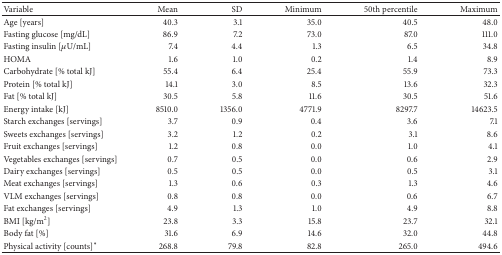
<table><thead><tr><td><b>Variable</b></td><td><b>Mean</b></td><td><b>SD</b></td><td><b>Minimum </b></td><td><b>50th percentile</b></td><td><b>Maximum</b></td></tr></thead><tbody><tr><td>Age [years]</td><td>40.3</td><td>3.1</td><td>35.0</td><td>40.5</td><td>48.0</td></tr><tr><td>Fasting glucose [mg/dL]</td><td>86.9</td><td>7.2</td><td>73.0</td><td>87.0</td><td>111.0</td></tr><tr><td>Fasting insulin [<i>μ</i>U/mL]</td><td>7.4</td><td>4.4</td><td>1.3</td><td>6.5</td><td>34.8</td></tr><tr><td>HOMA</td><td>1.6</td><td>1.0</td><td>0.2</td><td>1.4</td><td>8.9</td></tr><tr><td>Carbohydrate [% total kJ]</td><td>55.4</td><td>6.4</td><td>25.4</td><td>55.9</td><td>73.3</td></tr><tr><td>Protein [% total kJ]</td><td>14.1</td><td>3.0</td><td>8.5</td><td>13.6</td><td>32.3</td></tr><tr><td>Fat [% total kJ]</td><td>30.5</td><td>5.8</td><td>11.6</td><td>30.5</td><td>51.6</td></tr><tr><td>Energy intake [kJ]</td><td>8510.0</td><td>1356.0</td><td>4771.9</td><td>8297.7</td><td>14623.5</td></tr><tr><td>Starch exchanges [servings]</td><td>3.7</td><td>0.9</td><td>0.4</td><td>3.6</td><td>7.1</td></tr><tr><td>Sweets exchanges [servings]</td><td>3.2</td><td>1.2</td><td>0.2</td><td>3.1</td><td>8.6</td></tr><tr><td>Fruit exchanges [servings]</td><td>1.2</td><td>0.8</td><td>0.0</td><td>1.0</td><td>4.1</td></tr><tr><td>Vegetables exchanges [servings]</td><td>0.7</td><td>0.5</td><td>0.0</td><td>0.6</td><td>2.9</td></tr><tr><td>Dairy exchanges [servings]</td><td>0.5</td><td>0.5</td><td>0.0</td><td>0.5</td><td>3.1</td></tr><tr><td>Meat exchanges [servings]</td><td>1.3</td><td>0.6</td><td>0.3</td><td>1.3</td><td>4.6</td></tr><tr><td>VLM exchanges [servings]</td><td>0.8</td><td>0.8</td><td>0.0</td><td>0.6</td><td>6.7</td></tr><tr><td>Fat exchanges [servings]</td><td>4.9</td><td>1.3</td><td>1.0</td><td>4.9</td><td>8.8</td></tr><tr><td>BMI [kg/m<sup>2</sup>]</td><td>23.8</td><td>3.3</td><td>15.8</td><td>23.7</td><td>32.1</td></tr><tr><td>Body fat [%]</td><td>31.6</td><td>6.9</td><td>14.6</td><td>32.0</td><td>44.8</td></tr><tr><td>Physical activity [counts]<sup><i>∗</i></sup></td><td>268.8</td><td>79.8</td><td>82.8</td><td>265.0</td><td>494.6</td></tr></tbody></table>